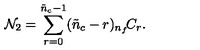
{ \cal N } _ { 2 } = \sum _ { r = 0 } ^ { \tilde { n } _ { c } - 1 } ( \tilde { n } _ { c } - r ) { } _ { n _ { f } } \! C _ { r } .